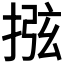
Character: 𢮂